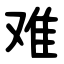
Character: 难